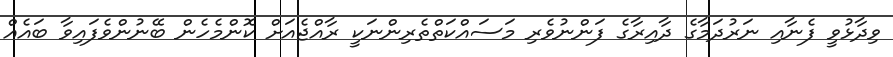
ވިދާޅުވީ ފެނާއި ނަރުދަމާގެ ދާއިރާގެ ފަންނުވެރި މަސައްކަތްތެރިންނަކީ ރާއްޖެއަށް ކޮންމެހެން ބޭނުންވެފައިވާ ބައެއް